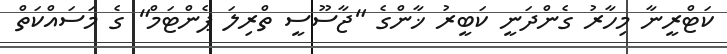
ކަޓްރީނާ މިހާރު ގެންދަނީ ކަބީރު ޚާންގެ "ޖާސޫސީ ތްރިލަ ޕެންޓަމް" ގެ މަސައްކަތް